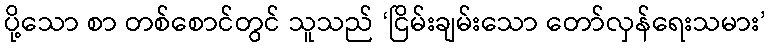
ပို့သော စာ တစ်စောင်တွင် သူသည် ‘ငြိမ်းချမ်းသော တော်လှန်ရေးသမား’